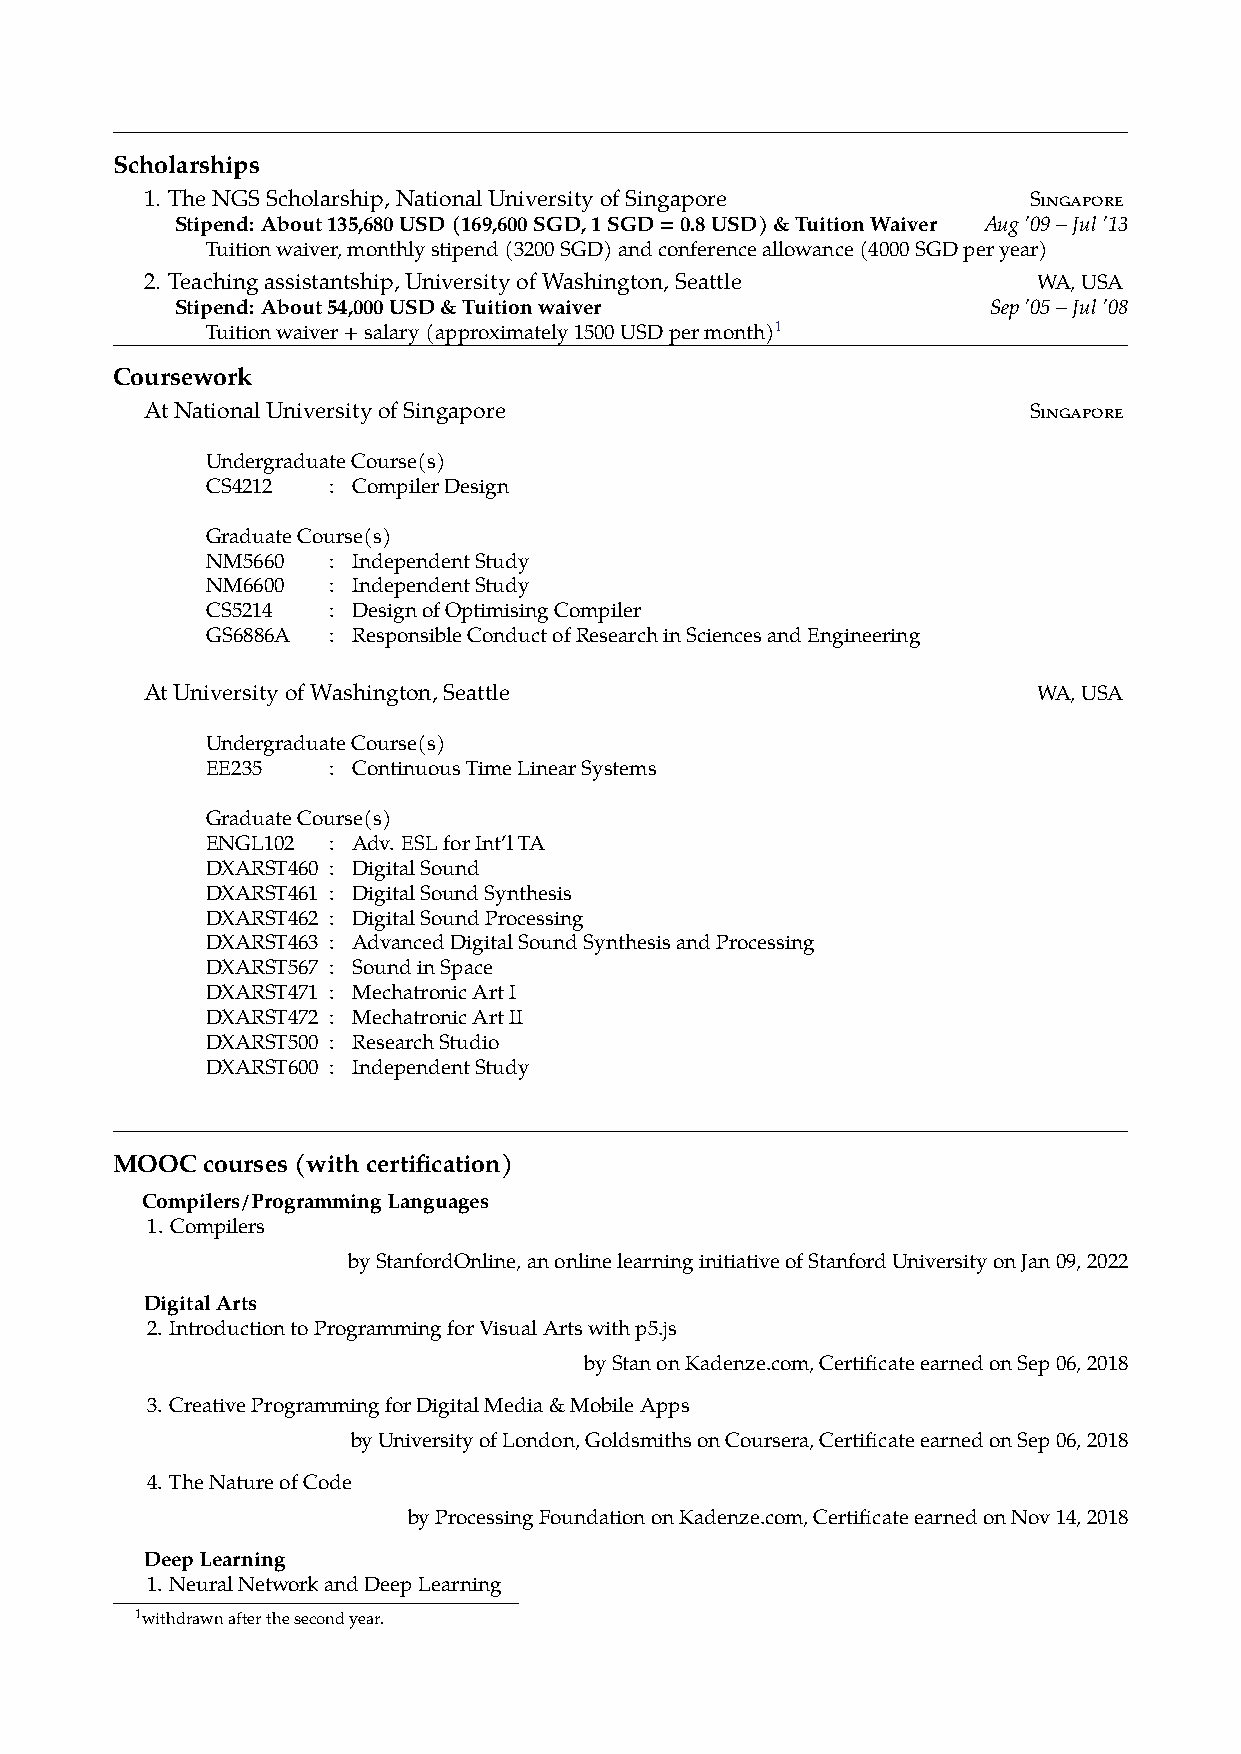
Scholarships
 1. TheNGSScholarship,NationalUniversityofSingapore        Singapore
 Stipend: About135,680USD(169,600SGD,1SGD=0.8USD)&TuitionWaiver Aug’09–Jul’13
 Tuitionwaiver,monthlystipend(3200SGD)andconferenceallowance(4000SGDperyear)
 2. Teachingassistantship,UniversityofWashington,Seattle    WA,USA
 Stipend: About54,000USD&Tuitionwaiver                Sep’05–Jul’08
 Tuitionwaiver+salary(approximately1500USDpermonth)1
 Coursework
 AtNationalUniversityofSingapore                           Singapore
 UndergraduateCourse(s)
 CS4212  : CompilerDesign
 GraduateCourse(s)
 NM5660  : IndependentStudy
 NM6600  : IndependentStudy
 CS5214  : DesignofOptimisingCompiler
 GS6886A : ResponsibleConductofResearchinSciencesandEngineering
 AtUniversityofWashington,Seattle                           WA,USA
 UndergraduateCourse(s)
 EE235   : ContinuousTimeLinearSystems
 GraduateCourse(s)
 ENGL102 : Adv. ESLforInt’lTA
 DXARST460 : DigitalSound
 DXARST461 : DigitalSoundSynthesis
 DXARST462 : DigitalSoundProcessing
 DXARST463 : AdvancedDigitalSoundSynthesisandProcessing
 DXARST567 : SoundinSpace
 DXARST471 : MechatronicArtI
 DXARST472 : MechatronicArtII
 DXARST500 : ResearchStudio
 DXARST600 : IndependentStudy
 MOOCcourses(withcertification)
 Compilers/ProgrammingLanguages
 1. Compilers
 byStanfordOnline,anonlinelearninginitiativeofStanfordUniversityonJan09,2022
 DigitalArts
 2. IntroductiontoProgrammingforVisualArtswithp5.js
 byStanonKadenze.com,CertificateearnedonSep06,2018
 3. CreativeProgrammingforDigitalMedia&MobileApps
 byUniversityofLondon,GoldsmithsonCoursera,CertificateearnedonSep06,2018
 4. TheNatureofCode
 byProcessingFoundationonKadenze.com,CertificateearnedonNov14,2018
 DeepLearning
 1. NeuralNetworkandDeepLearning
 1withdrawnafterthesecondyear.